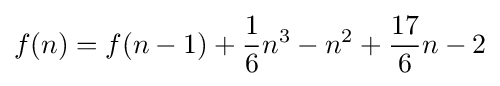
f(n)=f(n-1)+{\frac {1}{6}}n^{3}-n^{2}+{\frac {17}{6}}n-2